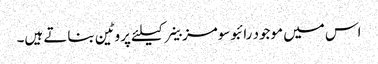
اس میں موجود رائبوسومز خلیے کیلئے پروٹین بناتے ہیں۔